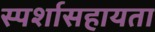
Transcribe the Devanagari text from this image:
स्पर्शासहायता